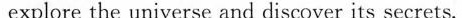
explore the universe and discover its secrets.